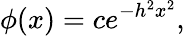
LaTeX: \phi(x)=ce^{-h^{2}x^{2}},